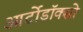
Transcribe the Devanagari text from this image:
आर्टोडॉक्सो